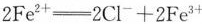
2Fe^{2+}=2Cl^{-} +2Fe^{3+}